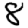
Digit: 8